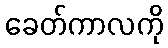
ခေတ်ကာလကို